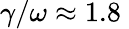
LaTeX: \gamma/\omega\approx 1.8\